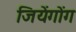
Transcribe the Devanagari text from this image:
जियेंगोंग